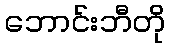
ဘောင်းဘီတို